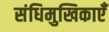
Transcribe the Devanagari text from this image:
संधिमुखिकाएँ